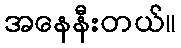
အနေနီးတယ်။